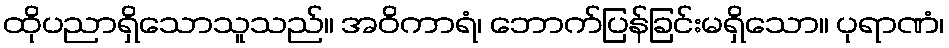
ထိုပညာရှိသောသူသည်။ အဝိကာရံ၊ ဘောက်ပြန်ခြင်းမရှိသော။ ပုရာဏံ၊